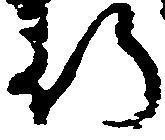
行